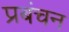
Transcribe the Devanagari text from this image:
प्रबंचन